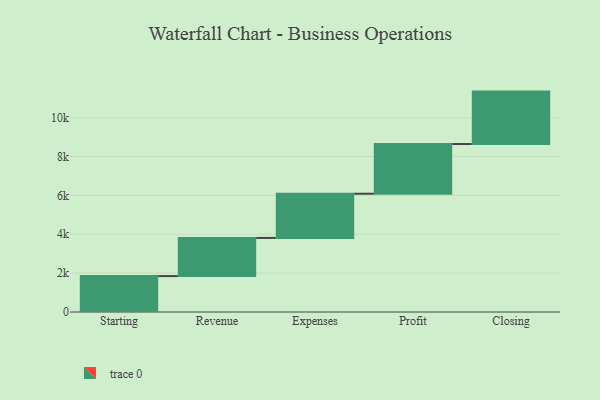
{"axis": {"x": "Step", "y": "Value"}, "legend": [""], "data": [{"x": "Starting", "y": 1848.0, "type": ""}, {"x": "Revenue", "y": 1964.0, "type": ""}, {"x": "Expenses", "y": 2274.0, "type": ""}, {"x": "Profit", "y": 2557.0, "type": ""}, {"x": "Closing", "y": 2698.0, "type": ""}]}